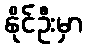
နိုင်ဦးမှာ